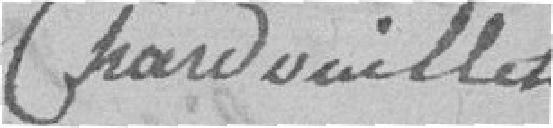
Chardoillet